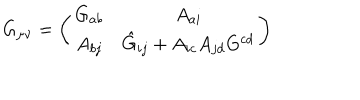
LaTeX: G _ { \mu \nu } = \left( \begin{array} { c c } { { G _ { a b } } } & { { A _ { a i } } } \\ { { A _ { b j } } } & { { \hat { G } _ { i j } + A _ { i c } A _ { j d } G ^ { c d } } } \\ \end{array} \right)